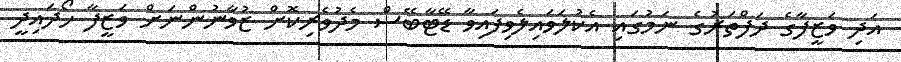
އަދި ވަޒީފާގެ ދަފްތަރުގެ ނަމުގައި އެކުލަވައިލެވިފައިވާ ޑޭޓާބޭސް މެދުވެރިކޮށް ޒުވާނުންނަށް ވަޒީފާ ހޯދައިދީ